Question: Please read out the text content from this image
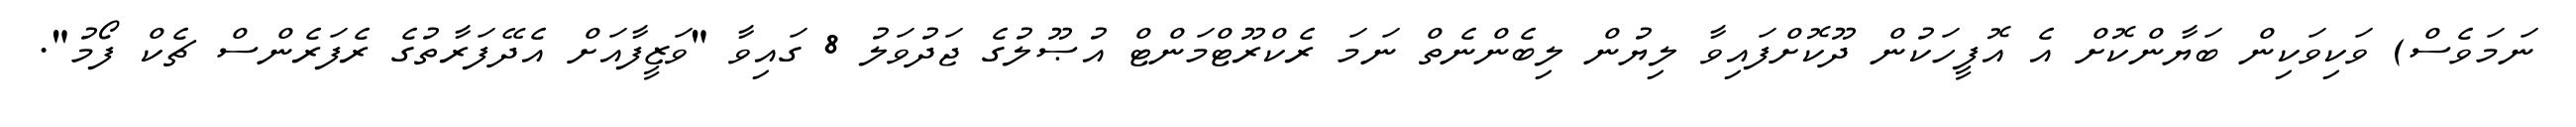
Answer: ނަމަވެސް) ވަކިވަކިން ބަޔާންކޮށް އެ އޮފީހަކުން ދޫކޮށްފައިވާ ލިޔުން ލިބެންނެތް ނަމަ ރެކްރޫޓްމަންޓް އުޞޫލުގެ ޖަދުވަލު 8 ގައިވާ "ވަޒީފާއަށް އެދޭފަރާތުގެ ރެފަރެންސް ޗެކް ފޯމު".